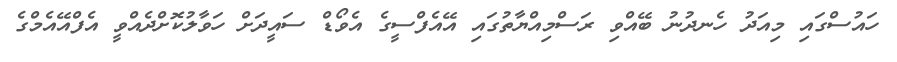
ހައުސްގައި މިއަދު ހެނދުުނު ބޭއްވި ރަސްމިއްޔާތުގައި އޭއެފްސީގެ އެވޯޑް ސައީދަށް ހަވާލުކޮށްދެއްވީ އެފްއޭއެމްގެ